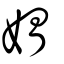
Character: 媦